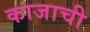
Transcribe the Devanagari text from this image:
काजाची